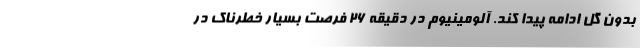
بدون گل ادامه پیدا کند. آلومینیوم در دقیقه ۲۶ فرصت بسیار خطرناک در